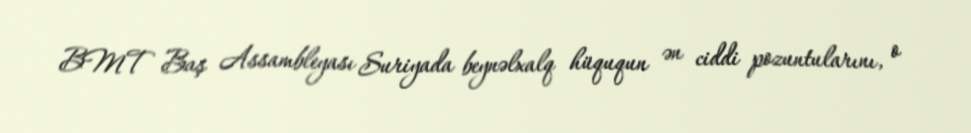
BMT Baş Assambleyası Suriyada beynəlxalq hüququn ən ciddi pozuntularını, o